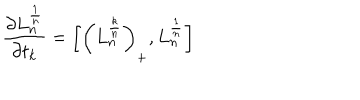
LaTeX: { \frac { \partial L _ { n } ^ { \frac { 1 } { n } } } { \partial t _ { k } } } = \left[ \left( L _ { n } ^ { \frac { k } { n } } \right) _ { + } , L _ { n } ^ { \frac { 1 } { n } } \right]